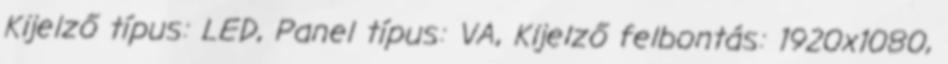
Kijelző típus: LED, Panel típus: VA, Kijelző felbontás: 1920x1080,